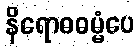
နိရောဓဓမ္မံပေ